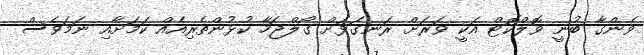
ވެންގާ ބުނީ ވޮލްކޮޓް އަކީ ވަރަށް ރަނގަޅަށް ގޯލްޖަހާ ކުޅުންތެރިއެއް ކަމަށާއި ނަމަވެސް